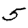
Digit: 5